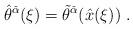
LaTeX: \begin{align*} \hat{\theta}^{\check{\alpha}} (\xi)= \tilde{\theta}^{\check{\alpha}} (\hat{x}(\xi)) \; .\end{align*}